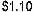
$1.10